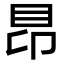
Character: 䀚